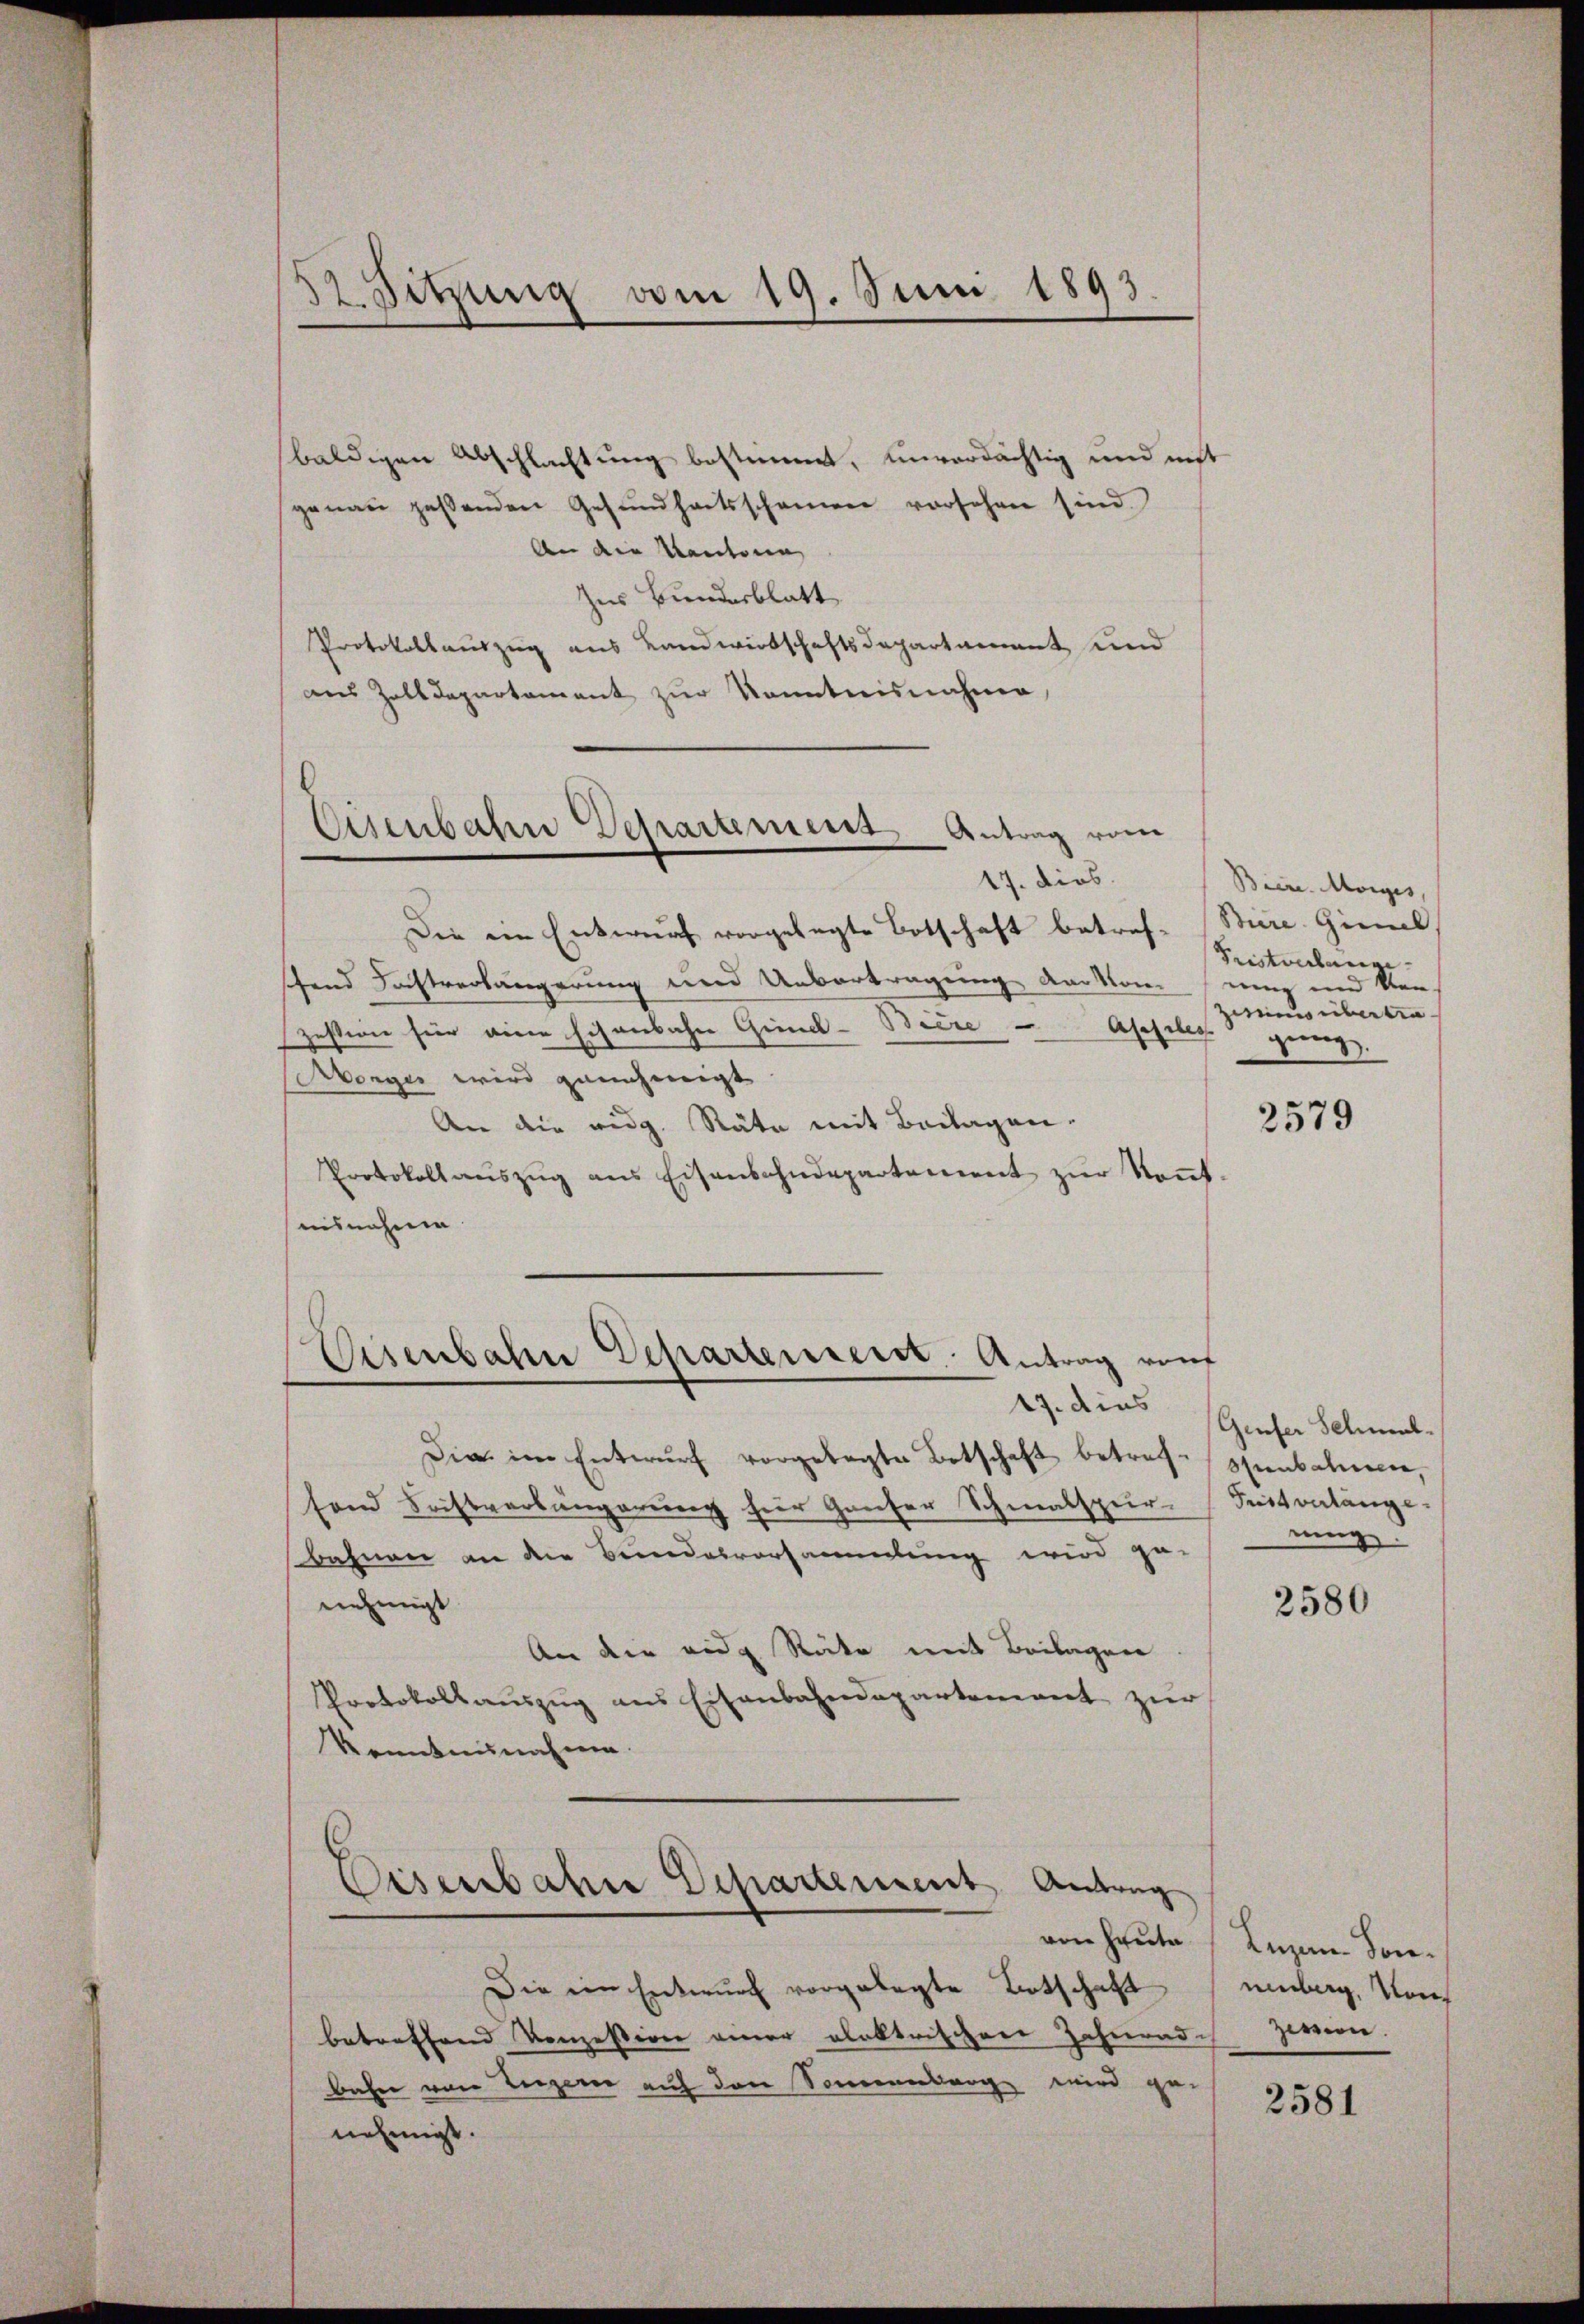
32 Sitzung vom 19. Juni 1893.

baldigen Abschlachtung bestimmt, unverdächtig und mit
genau gesenden Gesundheitsschämen vorsehen sind.
An die Kantonen
Zus Bundesblatt
Protokollauszug aus Landwirtschaftsdepartament und
aus Zolldepartement zur Kenntnisnahme,

Eisenbahne Departement Antrag vorer
17. dies

Visenbahn Scharterreist. Antrag von

Die ein Entwurf vorgelegte Botschaft betrefschend Tochtverlängerung und Uebertragung der kam und Ven
zestion für eine Eisenbahn Gund-Bière - Appelig genug.
vorgen wird genehmigt
An die eidg. Räte mit Beilagen.
Protokoll aŭszŭg ans Eisenbahndepartement zŭr Keṅt-
misnahme
Die im Entwŭrf vorgelegter Botschaft betreffenbahnen,
fond Sistverlängerung für Gauser Schmalspur- Pustverlänge.
Bahnen an die Bundesvorsammlung wird ge-
nehmigt
An die eidg Röcke mit Beilagen
Protokollaŭszŭg ans Eisenbahndepartement zŭr
kenntnisnahme.
Eisenbahre Departement Antrag
Die im Entwurf vorgelegte Totschaft unberg, Konbetreffend Konzession einer alektrischen Zahnrad
bahn von Luzern auf den Sonnenbarg wird ge-
nehmigt.

Biere. Morges,
Bire Ginnl
Fristverlange-
zirung übertra

2579

27. dies Genfer Schmal
ng.

2580

von heute (Luzan. Sonzeien.

2581